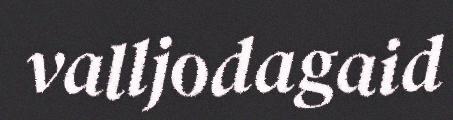
valljodagaid